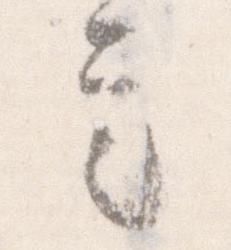
定